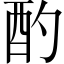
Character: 酌